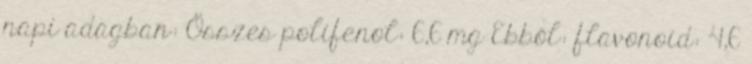
napi adagban: Összes polifenol: 6,6 mg Ebből: flavonoid: 4,6